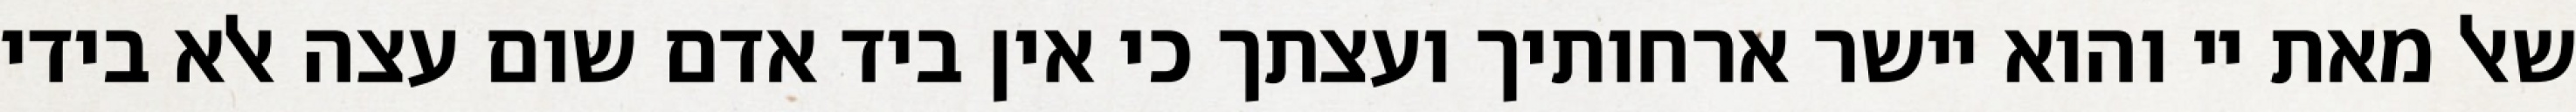
שאל מאת יי והוא יישר ארחותיך ועצתך כי אין ביד אדם שום עצה אלא בידי